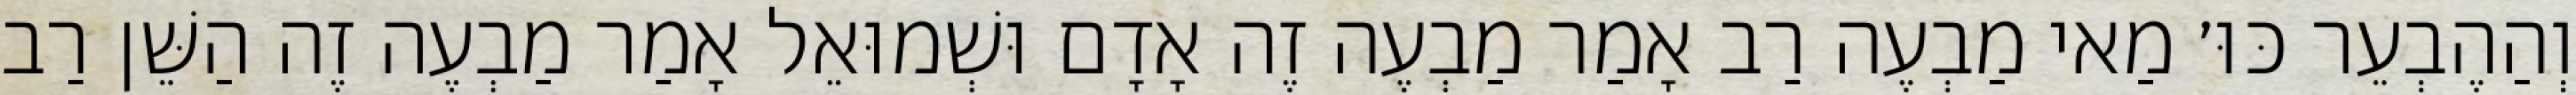
וְהַהֶבְעֵר כּוּ׳ מַאי מַבְעֶה רַב אָמַר מַבְעֶה זֶה אָדָם וּשְׁמוּאֵל אָמַר מַבְעֶה זֶה הַשֵּׁן רַב